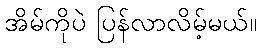
အိမ်ကိုပဲ ပြန်လာလိမ့်မယ်။